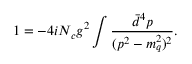
1 = - 4 i N _ { c } g ^ { 2 } \int \frac { \bar { d } ^ { 4 } p } { ( p ^ { 2 } - m _ { q } ^ { 2 } ) ^ { 2 } } .